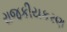
રાજકીયકરણ